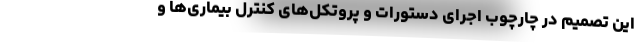
این تصمیم در چارچوب اجرای دستورات و پروتکل‌های کنترل بیماری‌ها و